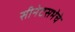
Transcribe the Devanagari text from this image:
सीनेटसभेचे